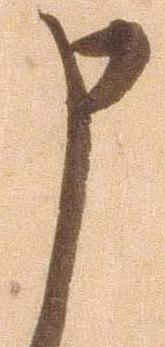
申